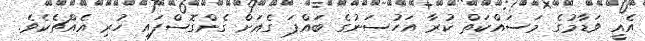
އެއީ ވަޑާމުގެ މަސައްކަތް ކުރާ އަހުސަނުގެ ބައްޕަ ގެއަށް ގެންގޮސްފައި ހުރި އެއްޗެކެވެ.